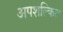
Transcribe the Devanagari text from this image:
अपशल्कित